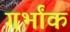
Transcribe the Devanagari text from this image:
गर्भांक